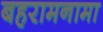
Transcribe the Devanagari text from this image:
बहरामनामा